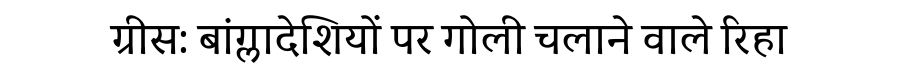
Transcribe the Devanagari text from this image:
ग्रीस: बांग्लादेशियों पर गोली चलाने वाले रिहा